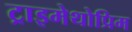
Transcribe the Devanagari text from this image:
ट्राइमेथोप्रिम